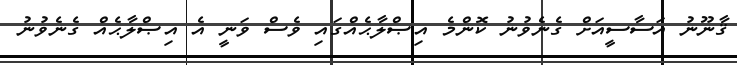
ޤާނޫނު އަސާސީއަށް ގެނެވުނު ކޮންމެ އިޞްލާޙެއްގައި ވެސް ވަނީ އެ އިޞްލާޙެއް ގެނެވުނު